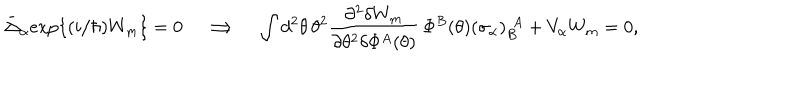
\bar { \Delta } _ { \alpha } \mathrm { e x p } \{ ( i / \hbar ) W _ { m } \} = 0 \quad \Longrightarrow \quad \int d ^ { 2 } \theta \, \theta ^ { 2 } \frac { \partial ^ { 2 } \delta W _ { m } } { \partial \theta ^ { 2 } \delta \Phi ^ { A } ( \theta ) } \, \Phi ^ { B } ( \theta ) ( \sigma _ { \alpha } ) _ { B } ^ { ~ ~ \! A } + V _ { \alpha } W _ { m } = 0 ,